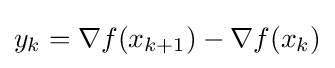
y_{k}=\nabla f(x_{k+1})-\nabla f(x_{k})